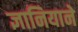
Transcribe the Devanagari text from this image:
ज्ञानियाने